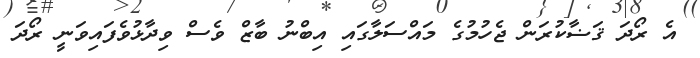
އެ ރޯދަ ޤަޟާކުރަން ޖެހުމުގެ މައްސަލާގައި އިބްނު ބާޒް ވެސް ވިދާޅުވެފައިވަނީ ރޯދަ